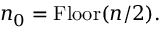
n _ { 0 } = \mathrm { F l o o r } ( n / 2 ) .